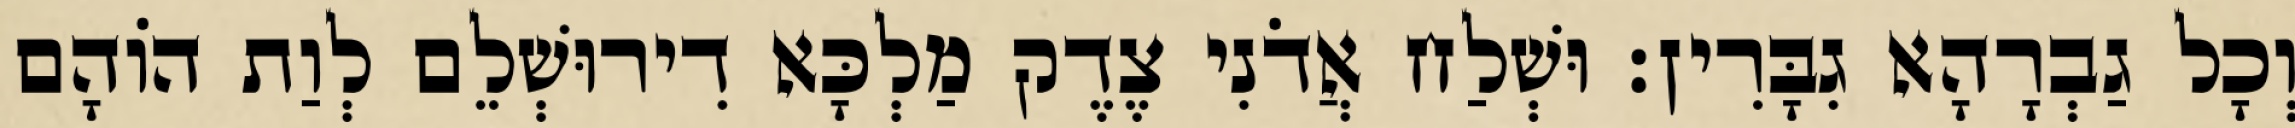
וְכָל גַבְרָהָא גִבָּרִין׃ וּשְׁלַח אֲדֹנִי צֶדֶק מַלְכָּא דִירוּשְׁלֵם לְוַת הוֹהָם